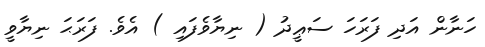
ހަނާން އަދި ފަރަހަ ސަޢީދު ( ނިޔާވެފައި ) އެވެ. ފަރަޙަ ނިޔާވީ